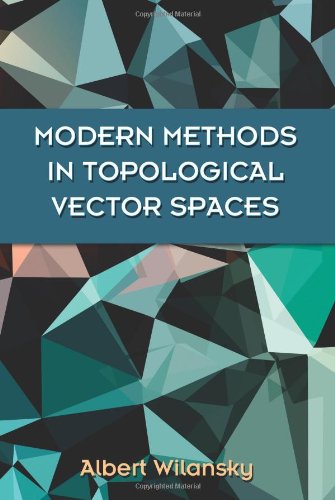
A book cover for Modern Methods in Topological Vector Spaces (Dover Books on Mathematics); Albert Wilansky; Science & Math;